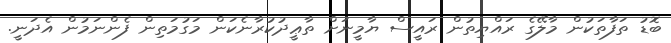
ބޮޑު ތަފާތަކުން މާލޭގެ ރައްޔިތުން ރައީސް ޔާމީނަށް ތާޢީދުކުރާނެކަން މަގުމަތިން ފެންނަމުން އެދަނީ.